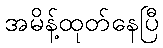
အမိန့်ထုတ်နေပြီ